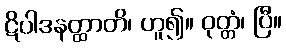
ဋိပါဒနတ္ထာတိ၊ ဟူ၍။ ဝုတ္တံ၊ ပြီ။